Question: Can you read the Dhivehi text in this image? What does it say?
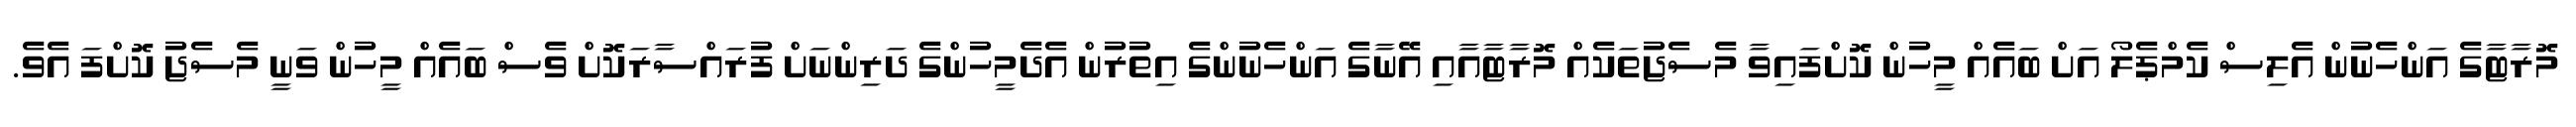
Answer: މޮރާޓާގެ އަންހެނުން އެލިސް ކެމްޕެލޯ އަށް ބައެއް މީހުން ކޮށްފައިވާ މެސެޖުތަކެއް މޮރާޓާއާއި އޭނާގެ އަންހެނުންގެ އިތުރުން އެދެމީހުންގެ ދަރިންނަށް ފުރައްސާރަކޮށް ވެސް ބައެއް މީހުން ވަނީ މެސެޖު ކޮށްފަ އެވެ.